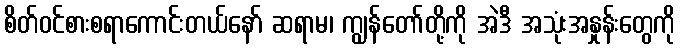
စိတ်ဝင်စားစရာကောင်းတယ်နော် ဆရာမ၊ ကျွန်တော်တို့ကို အဲဒီ အသုံးအနှုန်းတွေကို